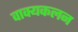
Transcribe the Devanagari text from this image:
वाक्यकलन